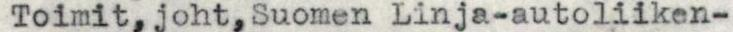
Toimit,joht,Suomen Linja-autoliiken-